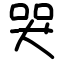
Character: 哭